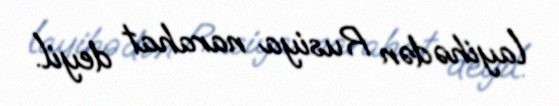
layihədən Rusiya narahat deyil.